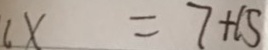
6 x = 7 + 1 5